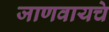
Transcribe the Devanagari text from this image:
जाणवायचे